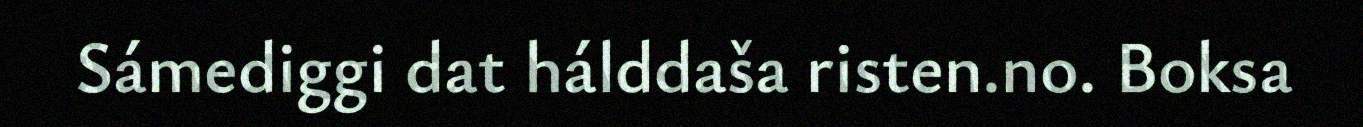
Sámediggi dat hálddaša risten.no. Boksa